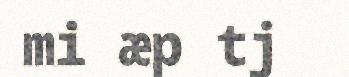
mi æp tj